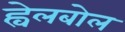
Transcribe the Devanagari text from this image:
ह्वेलबोल